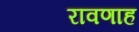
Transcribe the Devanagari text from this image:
रावणाह